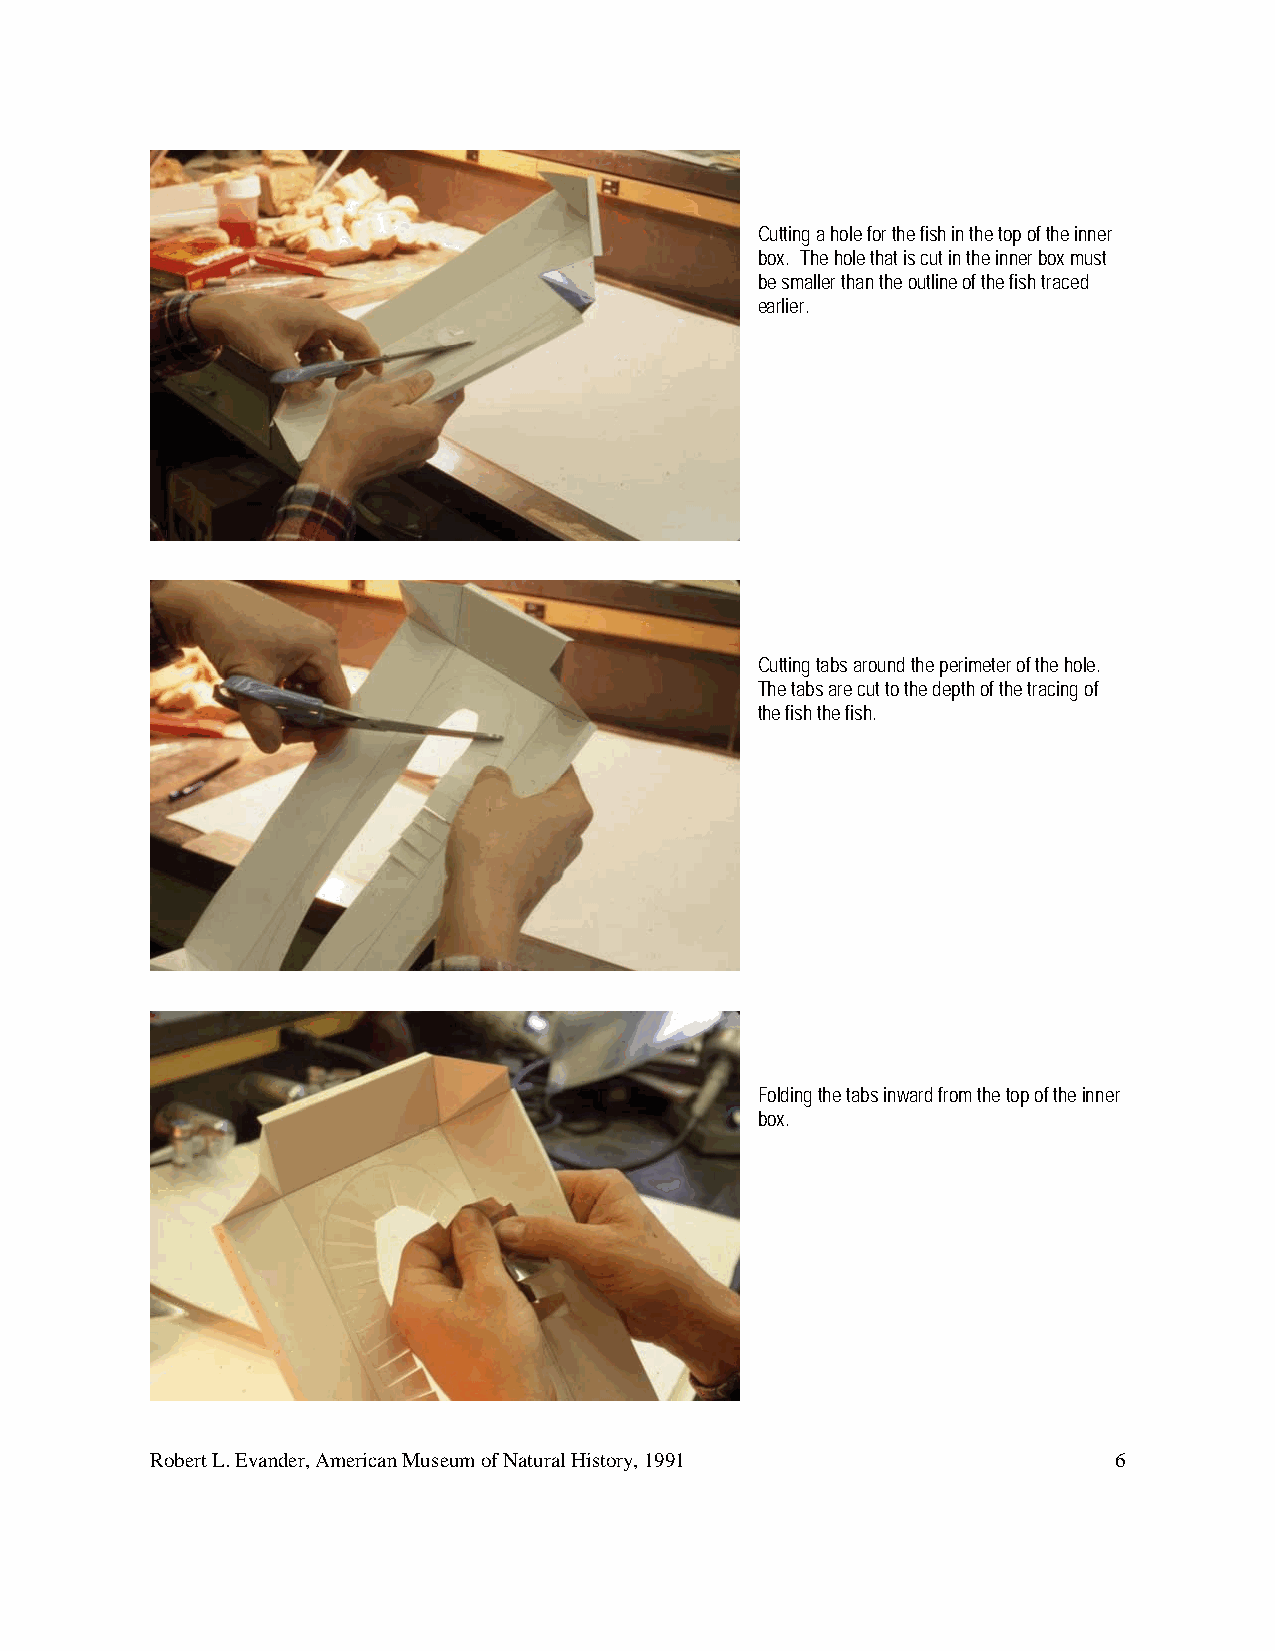
Cutting a hole for the fish in the top of the inner
 box. The hole that is cut in the inner box must
 be smaller than the outline of the fish traced
 earlier.
 Cutting tabs around the perimeter of the hole.
 The tabs are cut to the depth of the tracing of
 the fish the fish.
 Folding the tabs inward from the top of the inner
 box.
 Robert L. Evander, American Museum of Natural History, 1991     6